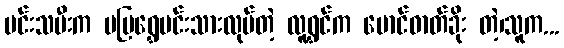
မင်းသမီးက မမြရွှေမင်းသားလုပ်တဲ့ လူရွှင်က မောင်ဓာတ်ခိုး တဲ့၊သူက...